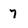
Character: 7